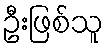
ဦးဖြစ်သူ